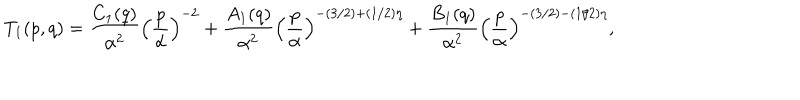
T _ { 1 } ( p , q ) = { \frac { C _ { 1 } ( q ) } { \alpha ^ { 2 } } } \left( { \frac { p } { \alpha } } \right) ^ { - 2 } + { \frac { A _ { 1 } ( q ) } { \alpha ^ { 2 } } } \left( { \frac { p } { \alpha } } \right) ^ { - ( 3 / 2 ) + ( 1 / 2 ) \eta } + { \frac { B _ { 1 } ( q ) } { \alpha ^ { 2 } } } \left( { \frac { p } { \alpha } } \right) ^ { - ( 3 / 2 ) - ( 1 / 2 ) \eta } ,